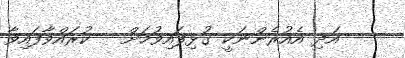
އަދި އެއުރެންނަކީ ގުޅިފައިވުމަށް   ކުރައްވާފައިވާ